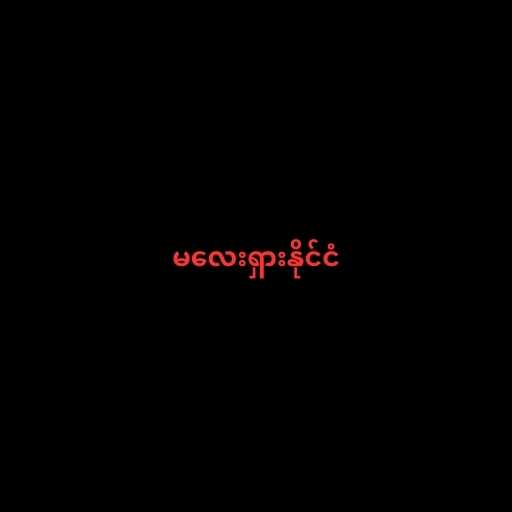
မလေးရှားနိုင်ငံ